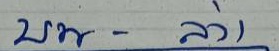
บน - ล่าง